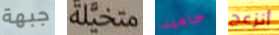
جبهة متخيلة حامية أنزعج